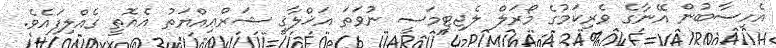
އެހިސާބުން އޭނާގެ ވެރިކަމުގެ މޯރަލް ލެޖިޓިމަސީ ނުވަތަ އަޚްލާޤީ ޝަރްޢިއްޔަތު އެއޮތީ ގެއްލިފައެވެ.